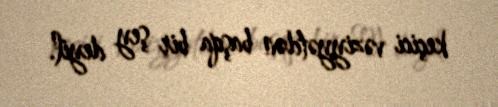
keçici vəziyyətdən başqa bir şey deyil.